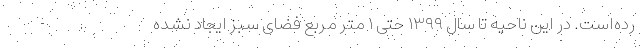
رده‌است. در این ناحیه تا سال ۱۳۹۹ حتی ۱ متر مربع فضای سبز ایجاد نشده